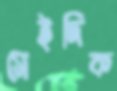
সেইদিক